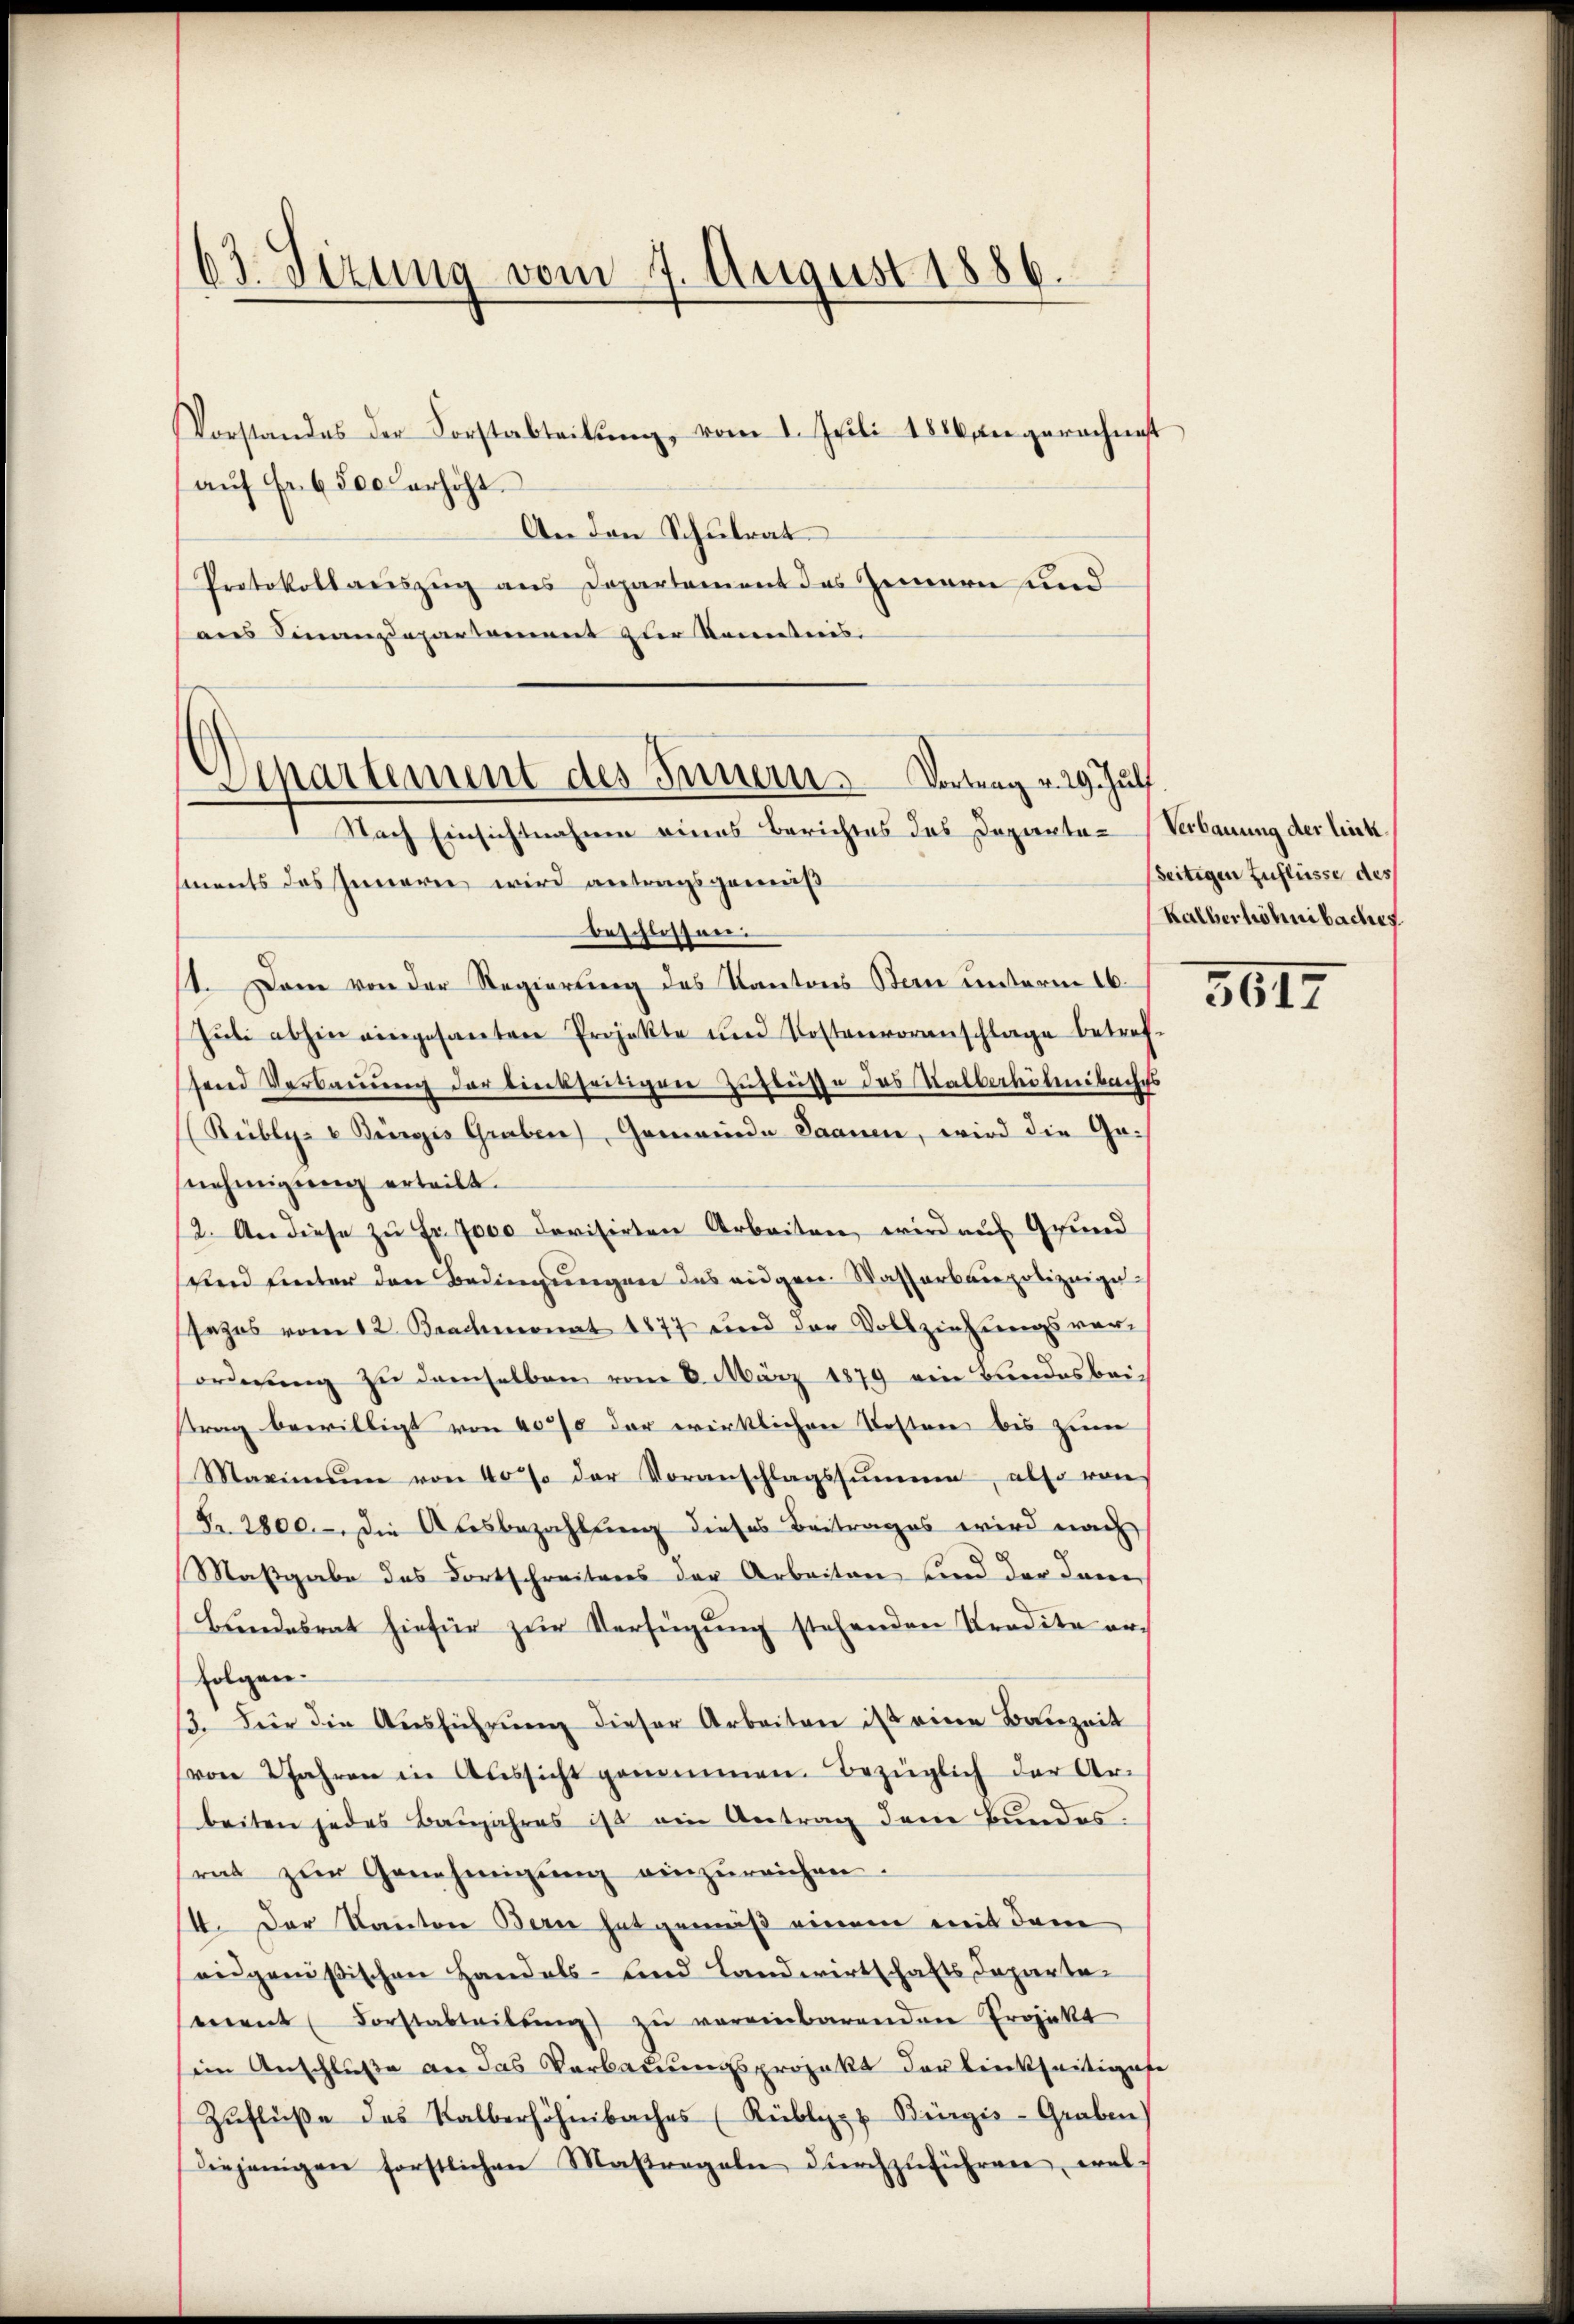
63. Sizung vom 7. August 1886.

Vorstandes der Forstabteilŭng, vom 1. Juli 1886, die gerechnet
aŭf Fr. 6500 erhöht.
An den Schulrat
Protokollauszug aus Departement das Zimern und
aus Finanzdepartament zur Kometries.

.
Aipartement des Innern Vortrag v. 29. Jul
1 Nach Einsichtnahme eines Berichtes des Deparata- Verbauung der link¬

ments des Innern wird antragsgemäß
beschlossen.
1. Dem von der Regierung des Kantons Bern unterm 16.
Jŭli abhin eingesanten Projekte und Kostenvoranschlage betref-
send Verbauung der bieckseitigen Zuflüsse das Halberhöhenbaches
(Rübly- u Bugis Graben), Gemeinde Saanen, wird die Ga-
nehmigung erteilt.
2. An diese zŭ Fr. 7000 devisirten Arbeiten, wird auf Grund
und unter den Bedingungen des angen. Wasserbaupolizeigesezes vom 12. Brachmonat 1877 und der Vollziehungsver-
forderŭng zu demselben vom 6. März 1879 ein Bundesbei-
trag bewilligt von 400 der wirklichen Besten bis zum
Maximum von 40% der Voranschlagssummen, also von
Nr. 2800. - Die Ausbezahlung dieses Beitrages wird nach
Maßgabe des Fortschreitens der Arbeiten und der dane
Bundesrat hiefür zŭr Verfügung stehenden Predite erfolgen
13. Für die Ausführung dieser Arbeiten ist eine Bauzeit
von 2 Jahren in Aŭssicht genommen. Bezüglich der Arbeiten jedes Baŭjahres ist ein Antrag dem Bundes.
srat zŭr Genehmigŭng einzŭreichen.
4. Der Kanton Bern hat gemäß einem mit dem
augenößischen Handels- und Landwirtschafts Departemnent Forstatteilŭng zŭ vereinbarenden Projekt
sein Anschluße an das Verbauungsprojekt der linkseitigese
Zŭflüße des Kalberhöhenbaches (Rüblipp Bugis-Graben
diejenigen forstlichen Massregeln dŭrchzuführen, wel-

seitigen Zuflüsse des
Kalberhöhnibaches.

5617